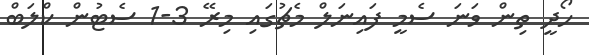
ހޯދީ ތިން ވަނަ ސެމީ ފައިނަލް މެޗުގައި މިރޭ 3-1 ސެޓުން ކްލަބް